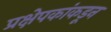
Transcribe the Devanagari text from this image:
प्रक्षेपकांकडून